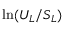
\ln ( U _ { L } / S _ { L } )